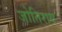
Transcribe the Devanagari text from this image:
जोतिराय